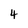
Character: 4